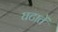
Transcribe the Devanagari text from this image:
घटातें